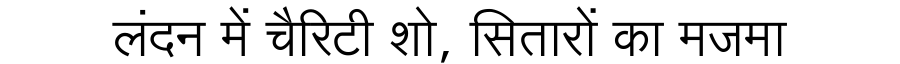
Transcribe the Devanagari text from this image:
लंदन में चैरिटी शो, सितारों का मजमा